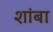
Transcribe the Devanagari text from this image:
शांबा